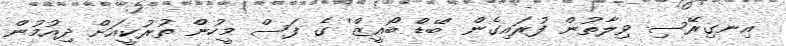
އިނގިރޭސި ވިލާތުން ފުރައިގެން 'ބޭޑް ބޯއީޒް' ގެ ފަސް މީހުން ތުރުކީއަށް ދިއުމުން